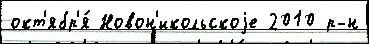
окт'ябр'я́ Новон'икольскоjе 2010 р-н